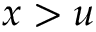
x > u